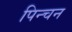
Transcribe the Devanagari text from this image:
पिन्चन